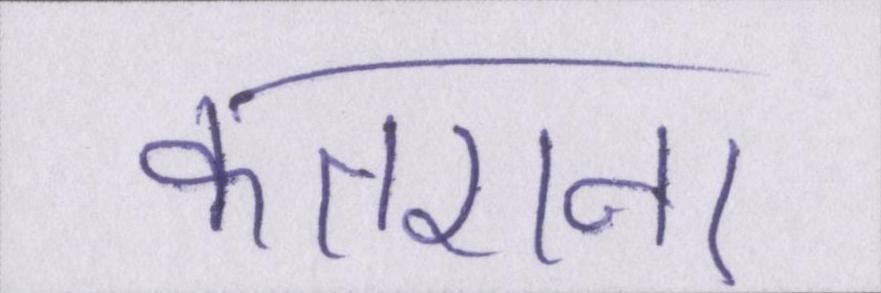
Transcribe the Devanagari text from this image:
कतराना